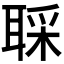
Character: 𫆇